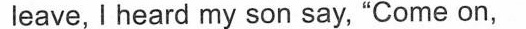
leave, I heard my son say, "Come on,